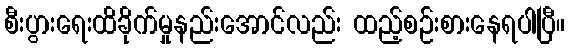
စီးပွားရေးထိခိုက်မှုနည်းအောင်လည်း ထည့်စဉ်းစားနေရပါပြီ။